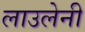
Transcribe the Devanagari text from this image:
लाउलेनी